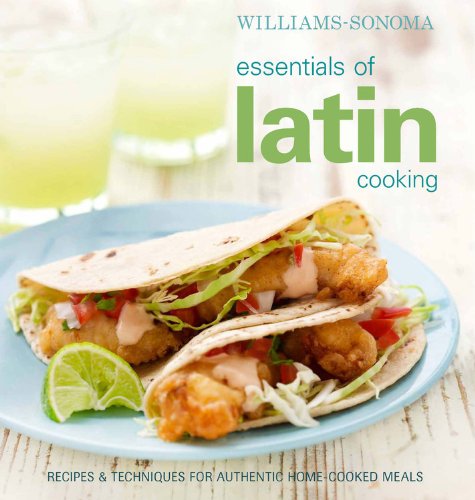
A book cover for Williams-Sonoma Essentials of Latin Cooking: Recipes & Techniques for Authentic Home-Cooked Meals; Williams-Sonoma; Cookbooks, Food & Wine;